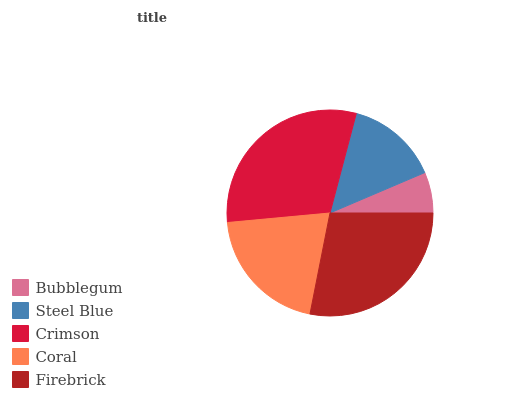
| Bubblegum | Steel Blue | Crimson | Coral | Firebrick |
 | --- | --- | --- | --- | --- |
 | 6.41% | 14.5% | 30.6% | 20.4% | 28.2% |